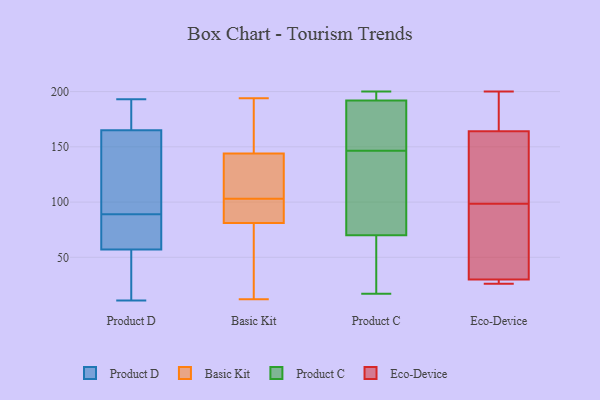
{"axis": {"x": "Latency (ms)", "y": "Value"}, "legend": ["Basic Kit", "Eco-Device", "Product C", "Product D"], "data": [{"x": "", "y": 78, "type": "Product D"}, {"x": "", "y": 180, "type": "Product D"}, {"x": "", "y": 51, "type": "Product D"}, {"x": "", "y": 43, "type": "Product D"}, {"x": "", "y": 37, "type": "Product D"}, {"x": "", "y": 87, "type": "Product D"}, {"x": "", "y": 72, "type": "Product D"}, {"x": "", "y": 11, "type": "Product D"}, {"x": "", "y": 63, "type": "Product D"}, {"x": "", "y": 187, "type": "Product D"}, {"x": "", "y": 190, "type": "Product D"}, {"x": "", "y": 50, "type": "Product D"}, {"x": "", "y": 193, "type": "Product D"}, {"x": "", "y": 153, "type": "Product D"}, {"x": "", "y": 136, "type": "Product D"}, {"x": "", "y": 91, "type": "Product D"}, {"x": "", "y": 120, "type": "Product D"}, {"x": "", "y": 165, "type": "Product D"}, {"x": "", "y": 66, "type": "Product D"}, {"x": "", "y": 165, "type": "Product D"}, {"x": "", "y": 144, "type": "Basic Kit"}, {"x": "", "y": 107, "type": "Basic Kit"}, {"x": "", "y": 91, "type": "Basic Kit"}, {"x": "", "y": 12, "type": "Basic Kit"}, {"x": "", "y": 166, "type": "Basic Kit"}, {"x": "", "y": 82, "type": "Basic Kit"}, {"x": "", "y": 139, "type": "Basic Kit"}, {"x": "", "y": 194, "type": "Basic Kit"}, {"x": "", "y": 18, "type": "Basic Kit"}, {"x": "", "y": 156, "type": "Basic Kit"}, {"x": "", "y": 124, "type": "Basic Kit"}, {"x": "", "y": 140, "type": "Basic Kit"}, {"x": "", "y": 15, "type": "Basic Kit"}, {"x": "", "y": 42, "type": "Basic Kit"}, {"x": "", "y": 81, "type": "Basic Kit"}, {"x": "", "y": 153, "type": "Basic Kit"}, {"x": "", "y": 82, "type": "Basic Kit"}, {"x": "", "y": 99, "type": "Basic Kit"}, {"x": "", "y": 187, "type": "Product C"}, {"x": "", "y": 58, "type": "Product C"}, {"x": "", "y": 158, "type": "Product C"}, {"x": "", "y": 169, "type": "Product C"}, {"x": "", "y": 31, "type": "Product C"}, {"x": "", "y": 189, "type": "Product C"}, {"x": "", "y": 135, "type": "Product C"}, {"x": "", "y": 195, "type": "Product C"}, {"x": "", "y": 199, "type": "Product C"}, {"x": "", "y": 200, "type": "Product C"}, {"x": "", "y": 196, "type": "Product C"}, {"x": "", "y": 17, "type": "Product C"}, {"x": "", "y": 123, "type": "Product C"}, {"x": "", "y": 41, "type": "Product C"}, {"x": "", "y": 82, "type": "Product C"}, {"x": "", "y": 123, "type": "Product C"}, {"x": "", "y": 167, "type": "Eco-Device"}, {"x": "", "y": 130, "type": "Eco-Device"}, {"x": "", "y": 26, "type": "Eco-Device"}, {"x": "", "y": 67, "type": "Eco-Device"}, {"x": "", "y": 164, "type": "Eco-Device"}, {"x": "", "y": 160, "type": "Eco-Device"}, {"x": "", "y": 30, "type": "Eco-Device"}, {"x": "", "y": 40, "type": "Eco-Device"}, {"x": "", "y": 30, "type": "Eco-Device"}, {"x": "", "y": 200, "type": "Eco-Device"}]}